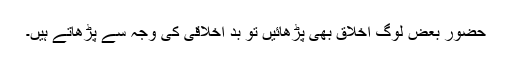
حضور بعض لوگ اخلاق بھی پڑھائیں تو بد اخلاقی کی وجہ سے پڑھاتے ہیں۔